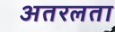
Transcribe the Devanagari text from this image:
अतरलता